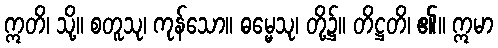
ဣတိ၊ သို့။ စတူသု၊ ကုန်သော။ ဓမ္မေသု၊ တို့၌။ တိဋ္ဌတိ၊ ၏။ ဣမာ